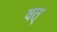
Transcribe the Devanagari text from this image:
वत्